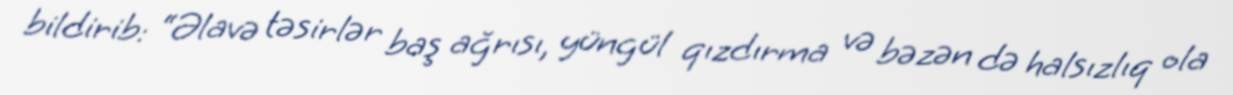
bildirib: “Əlavə təsirlər baş ağrısı, yüngül qızdırma və bəzən də halsızlıq ola